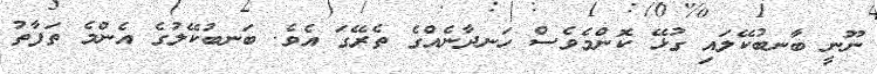
ނޫނީ ބާނބުކޭލައި ގުޅޭ ކޮންމެވެސް ހަނދާނެއްގެ ތެރޭގަ އެވެ. ބަނބުކޭލުގެ އެންމެ ތަފާތު